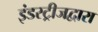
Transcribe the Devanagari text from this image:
इंडस्ट्रीजद्वारा